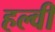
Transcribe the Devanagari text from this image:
हल्वी